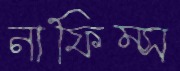
নাফিম্স